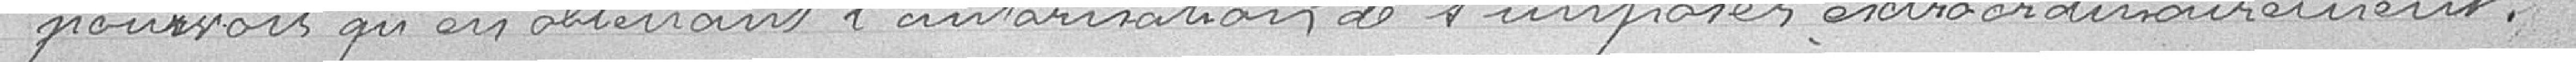
pourvoir qu'en obtenant l'autorisation de s'imposer extraordinairement.